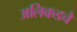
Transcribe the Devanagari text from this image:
अलिकडचे